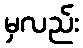
မှလည်း